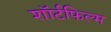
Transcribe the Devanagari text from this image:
शॉर्टफिल्म